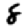
Digit: 8